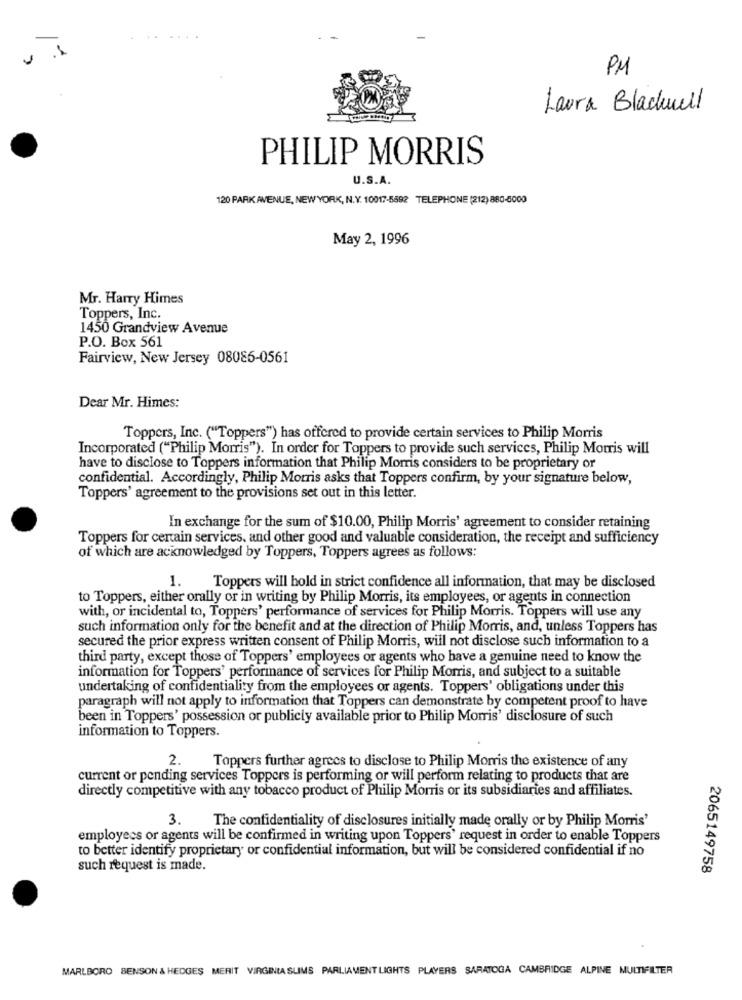
PM
Laura Blackwell
PHILIP MORRIS
U.S.A.
120 PARK AVENUE, NEW YORK, N.Y. 10017-5592 TELEPHONE (212) 880-6000
May 2, 1996
Mr. Harry Himes
Toppers, Inc.
1450 Grandview Avenue
P.O. Box 561
Fairview, New Jersey 08086-0561
Dear Mr. Himes:
Toppers, Inc. ("Toppers") has offered to provide certain services to Philip Morris
Incorporated ("Philip Morris"). In order for Toppers to provide such services, Philip Morris will
have to disclose to Toppers information that Philip Morris considers to be proprietary or
confidential. Accordingly, Philip Morris asks that Toppers confirm, by your signature below,
Toppers' agreement to the provisions set out in this letter.
In exchange for the sum of $10.00, Philip Morris' agreement to consider retaining
Toppers for certain services, and other good and valuable consideration, the receipt and sufficiency
of which are acknowledged by Toppers, Toppers agrees as follows:
1.
Toppers will hold in strict confidence all information, that may be disclosed
to Toppers, either orally or in writing by Philip Morris, its employees, or agents in connection
with, or incidental to, Toppers' performance of services for Philip Morris. Toppers will use any
such information only for the benefit and at the direction of Philip Morris, and, unless Toppers has
secured the prior express written consent of Philip Morris, will not disclose such information to a
third party, except those of Toppers' employees or agents who have a genuine need to know the
information for Toppers' performance of services for Philip Morris, and subject to a suitable
undertaking of confidentiality from the employees or agents. Toppers' obligations under this
paragraph will not apply to information that Toppers can demonstrate by competent proof to have
been in Toppers' possession or publicly available prior to Philip Morris' disclosure of such
information to Toppers.
2.
Toppers further agrees to disclose to Philip Morris the existence of any
current or pending services Toppers is performing or will perform relating to products that are
directly competitive with any tobacco product of Philip Morris or its subsidiaries and affiliates.
3.
The confidentiality of disclosures initially made orally or by Philip Morris'
employees or agents will be confirmed in writing upon Toppers' request in order to enable Toppers
to better identify proprietary or confidential information, but will be considered confidential if no
such request is made.
2065149758
MARLBORO BENSON & HEDGES MERIT VIRGINIA SLIMS PARLIAMENT LIGHTS PLAYERS SARATOGA CAMBRIDGE ALPINE MULTIFILTER